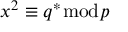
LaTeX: x ^ { 2 } \equiv q ^ { * } { \bmod { p } }